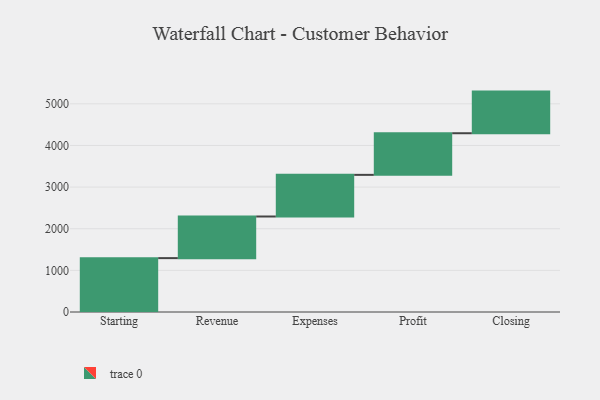
{"axis": {"x": "Step", "y": "Value"}, "legend": [""], "data": [{"x": "Starting", "y": 1294.0, "type": ""}, {"x": "Revenue", "y": 1000, "type": ""}, {"x": "Expenses", "y": 1000, "type": ""}, {"x": "Profit", "y": 1000, "type": ""}, {"x": "Closing", "y": 1000, "type": ""}]}